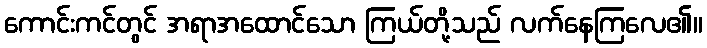
ကောင်းကင်တွင် အရာအထောင်သော ကြယ်တို့သည် လက်နေကြလေ၏။